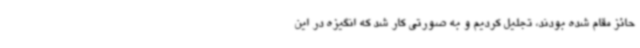
حائز مقام شده بودند، تجلیل کردیم و به صورتی کار شد که انگیزه در این